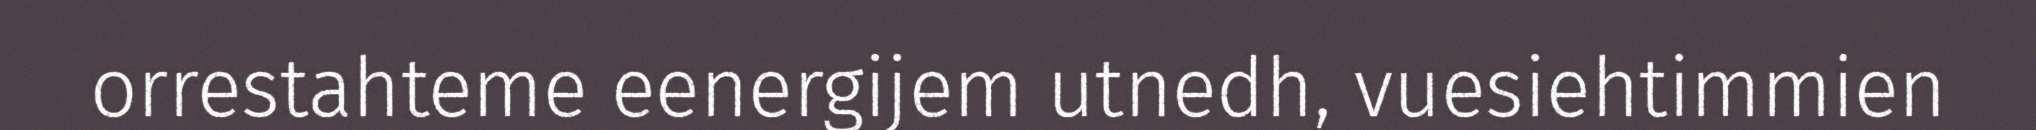
orrestahteme eenergijem utnedh, vuesiehtimmien